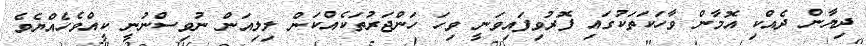
ދިޔާން ދެއްކި އޮމާން ވާހަކަތަކުގައި ފޮރުވިފައިވަނީ ވިހަ ހަންޖަރުތަކެއްކަން ލިލިއަން ނުވިސްނުނީ ކީއްވެހެއްޔެވެ